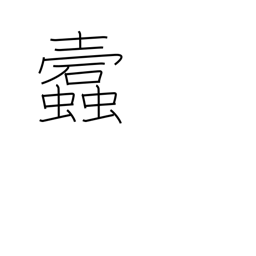
Meaning: worm-eaten